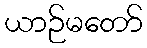
ယာဉ်မတော်